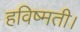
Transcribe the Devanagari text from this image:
हविष्मती।